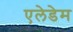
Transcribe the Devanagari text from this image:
एलेडेम